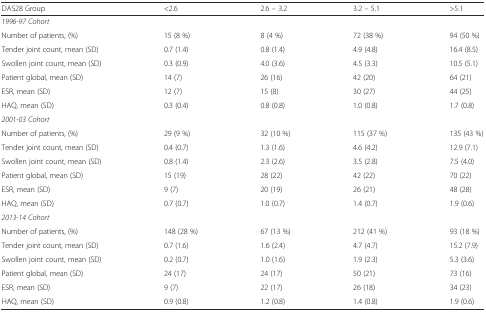
<table><thead><tr><td><b>DAS28 Group</b></td><td><b>&lt;2.6</b></td><td><b>2.6 – 3.2</b></td><td><b>3.2 – 5.1</b></td><td><b>&gt;5.1</b></td></tr></thead><tbody><tr><td colspan="5"><i>1996-97 Cohort</i></td></tr><tr><td>Number of patients, (%)</td><td>15 (8 %)</td><td>8 (4 %)</td><td>72 (38 %)</td><td>94 (50 %)</td></tr><tr><td>Tender joint count, mean (SD)</td><td>0.7 (1.4)</td><td>0.8 (1.4)</td><td>4.9 (4.8)</td><td>16.4 (8.5)</td></tr><tr><td>Swollen joint count, mean (SD)</td><td>0.3 (0.9)</td><td>4.0 (3.6)</td><td>4.5 (3.3)</td><td>10.5 (5.1)</td></tr><tr><td>Patient global, mean (SD)</td><td>14 (7)</td><td>26 (16)</td><td>42 (20)</td><td>64 (21)</td></tr><tr><td>ESR, mean (SD)</td><td>12 (7)</td><td>15 (8)</td><td>30 (27)</td><td>44 (25)</td></tr><tr><td>HAQ, mean (SD)</td><td>0.3 (0.4)</td><td>0.8 (0.8)</td><td>1.0 (0.8)</td><td>1.7 (0.8)</td></tr><tr><td colspan="5"><i>2001-03 Cohort</i></td></tr><tr><td>Number of patients, (%)</td><td>29 (9 %)</td><td>32 (10 %)</td><td>115 (37 %)</td><td>135 (43 %)</td></tr><tr><td>Tender joint count, mean (SD)</td><td>0.4 (0.7)</td><td>1.3 (1.6)</td><td>4.6 (4.2)</td><td>12.9 (7.1)</td></tr><tr><td>Swollen joint count, mean (SD)</td><td>0.8 (1.4)</td><td>2.3 (2.6)</td><td>3.5 (2.8)</td><td>7.5 (4.0)</td></tr><tr><td>Patient global, mean (SD)</td><td>15 (19)</td><td>28 (22)</td><td>42 (22)</td><td>70 (22)</td></tr><tr><td>ESR, mean (SD)</td><td>9 (7)</td><td>20 (19)</td><td>26 (21)</td><td>48 (28)</td></tr><tr><td>HAQ, mean (SD)</td><td>0.7 (0.7)</td><td>1.0 (0.7)</td><td>1.4 (0.7)</td><td>1.9 (0.6)</td></tr><tr><td colspan="5"><i>2013-14 Cohort</i></td></tr><tr><td>Number of patients, (%)</td><td>148 (28 %)</td><td>67 (13 %)</td><td>212 (41 %)</td><td>93 (18 %)</td></tr><tr><td>Tender joint count, mean (SD)</td><td>0.7 (1.6)</td><td>1.6 (2.4)</td><td>4.7 (4.7)</td><td>15.2 (7.9)</td></tr><tr><td>Swollen joint count, mean (SD)</td><td>0.2 (0.7)</td><td>1.0 (1.6)</td><td>1.9 (2.3)</td><td>5.3 (3.6)</td></tr><tr><td>Patient global, mean (SD)</td><td>24 (17)</td><td>24 (17)</td><td>50 (21)</td><td>73 (16)</td></tr><tr><td>ESR, mean (SD)</td><td>9 (7)</td><td>22 (17)</td><td>26 (18)</td><td>34 (23)</td></tr><tr><td>HAQ, mean (SD)</td><td>0.9 (0.8)</td><td>1.2 (0.8)</td><td>1.4 (0.8)</td><td>1.9 (0.6)</td></tr></tbody></table>